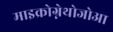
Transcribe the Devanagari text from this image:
माइक्रोग्नेथोजोआ